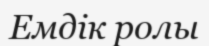
Емдік ролы